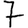
Digit: 7